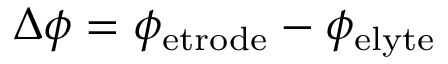
\Delta \phi = \phi _ { \mathrm { e t r o d e } } - \phi _ { \mathrm { e l y t e } }